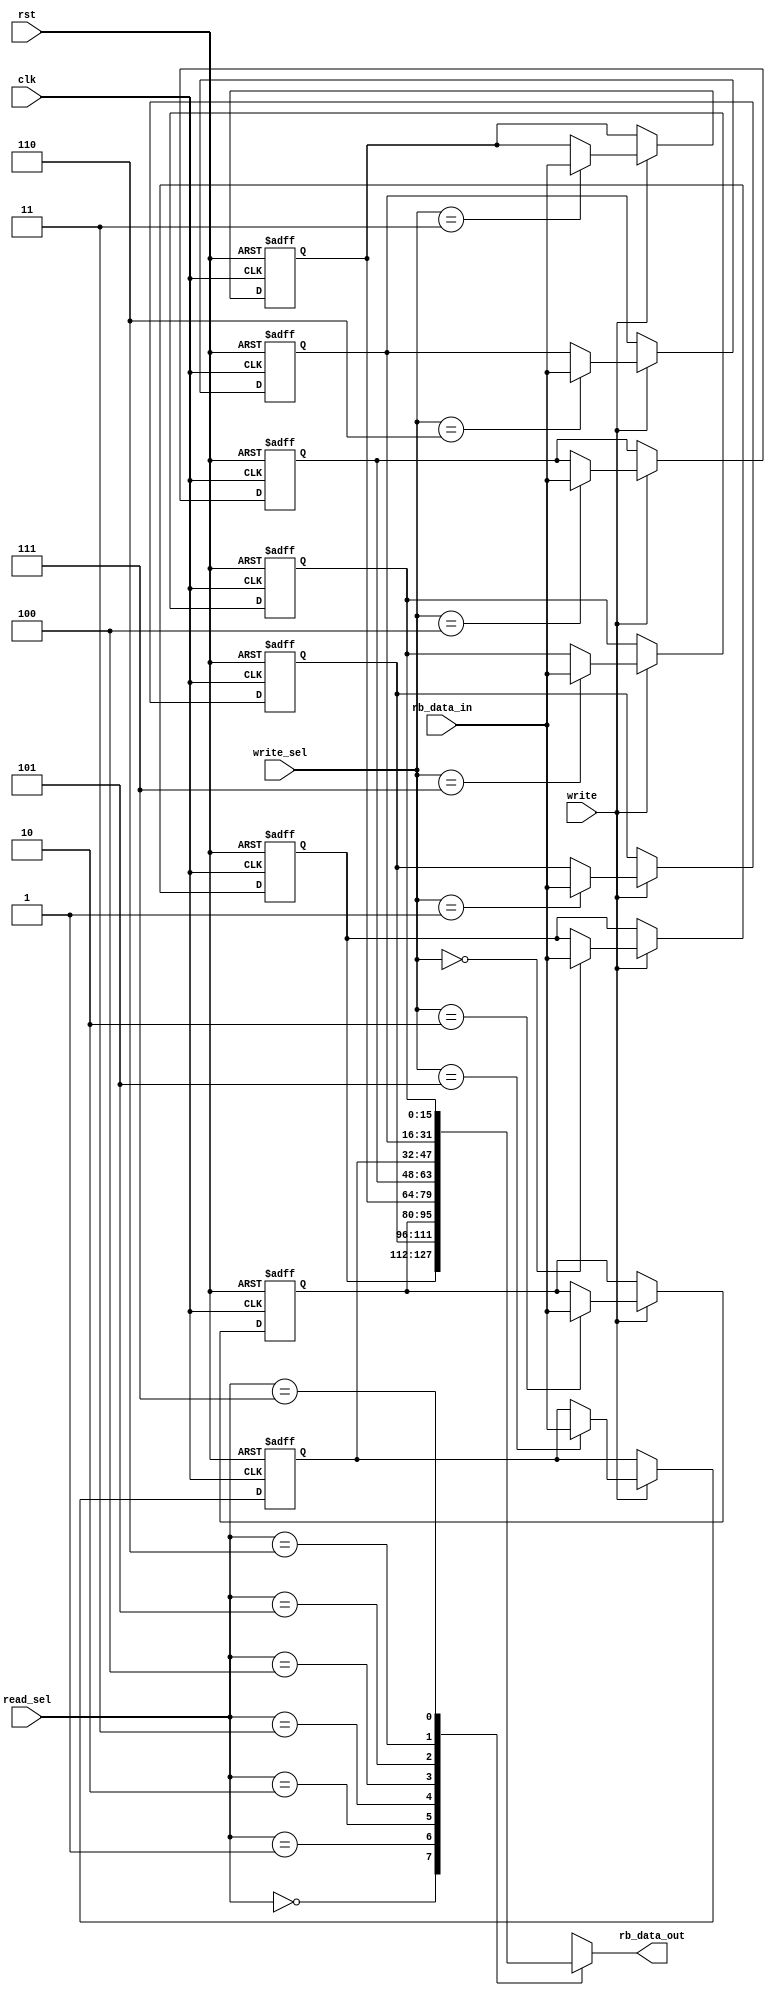
module RegistersBank(
	input clk, rst, write,
	input [15:0] rb_data_in,
	input [2:0] read_sel, write_sel,
	output [15:0] rb_data_out
);
	integer i;

	reg [15:0] reg_bank [0:7];

	initial begin
		#0
		for(i=0; i<16; i=i+1)begin
			reg_bank[i] <= 16'b0;
		end
	end

	always @(posedge clk or posedge rst) begin
		$display("rb: %p",reg_bank);
		if (rst) begin
			for(i=0; i<16; i=i+1)begin
				reg_bank[i] <= 16'b0;
			end
		end
		else if (write) begin
			reg_bank[write_sel] <= rb_data_in;
		end
	end

	assign rb_data_out = reg_bank[read_sel];

endmodule